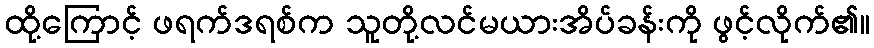
ထို့ကြောင့် ဖရက်ဒရစ်က သူတို့လင်မယားအိပ်ခန်းကို ဖွင့်လိုက်၏။